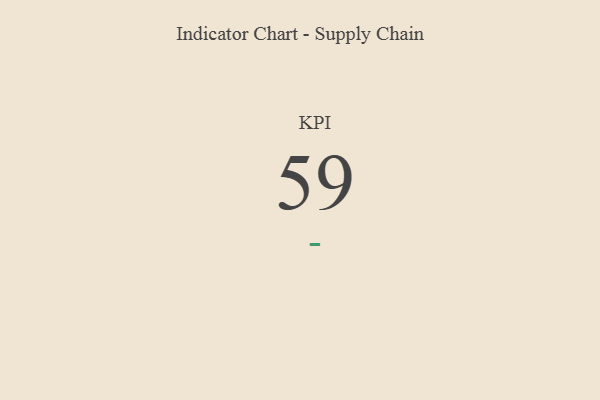
{"axis": {"x": "KPI", "y": "Value"}, "legend": [""], "data": [{"x": "KPI", "y": 59, "type": ""}]}